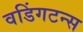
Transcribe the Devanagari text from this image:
वडिंगटन्स